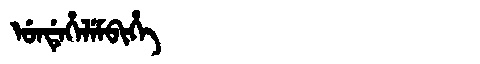
Manchu: ᡠᠨᡩᡝᡥᡝᠯᡝᠮᠪᡳᡥᡝ
Romanization: UNDEHELEMBIHE